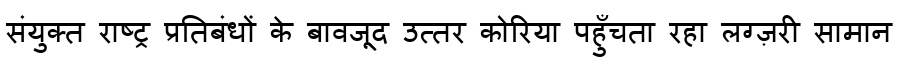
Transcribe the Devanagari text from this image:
संयुक्त राष्ट्र प्रतिबंधों के बावजूद उत्तर कोरिया पहुँचता रहा लग्ज़री सामान